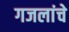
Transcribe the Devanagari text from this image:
गजलांचे